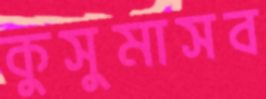
কুসুমাসব